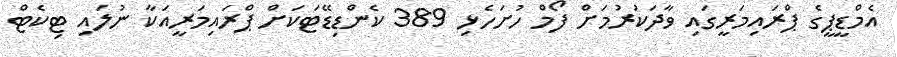
އެމްޑީޕީގެ ޕްރައިމަރީގައި ވާދަކުރުމަށް ފޯމް ހުށަހެޅި 389 ކެންޑިޑޭޓަކަށް ޕްރައިމަރީއަކާ ނުލައި ޓިކެޓް